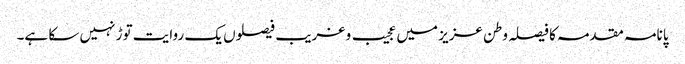
پانامہ مقدمہ کا فیصلہ وطن عزیز میں عجیب و غریب فیصلوں یک روایت توڑ نہیں سکا ہے۔